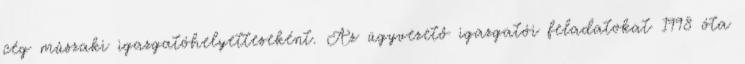
cég mûszaki igazgatóhelyetteseként. Az ügyvezetô igazgatói feladatokat 1998 óta